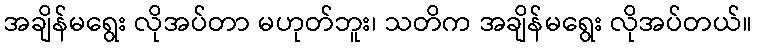
အချိန်မရွေး လိုအပ်တာ မဟုတ်ဘူး၊ သတိက အချိန်မရွေး လိုအပ်တယ်။